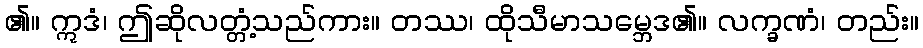
၏။ ဣဒံ၊ ဤဆိုလတ္တံ့သည်ကား။ တဿ၊ ထိုသီမာသမ္ဘေဒ၏။ လက္ခဏံ၊ တည်း။